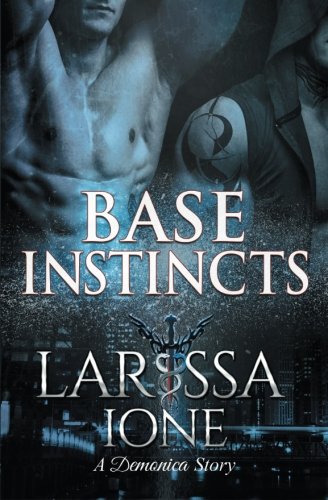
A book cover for Base Instincts; Larissa Ione; Science Fiction & Fantasy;